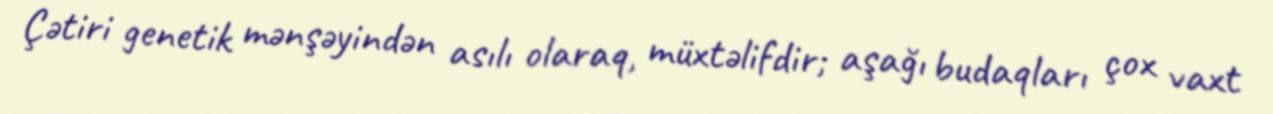
Çətiri genetik mənşəyindən asılı olaraq, müxtəlifdir; aşağı budaqları çox vaxt